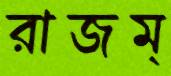
রাজম্